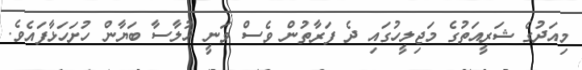
މިއަދުގެ ޝަރީއަތުގެ މަޖިލީހުގައި ދެ ފަރާތުން ވެސް ވަނީ ޚުލާސާ ބަޔާން ހުށަހަޅާފައެވެ.